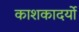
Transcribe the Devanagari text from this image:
काशकादर्यो